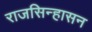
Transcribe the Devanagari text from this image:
राजसिन्हासन